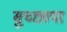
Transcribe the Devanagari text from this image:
सुच्छाया